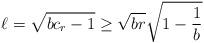
LaTeX: \begin{align*}\ell = \sqrt{bc_r-1} \ge \sqrt{br}\sqrt{1-\frac{1}{b}}\end{align*}